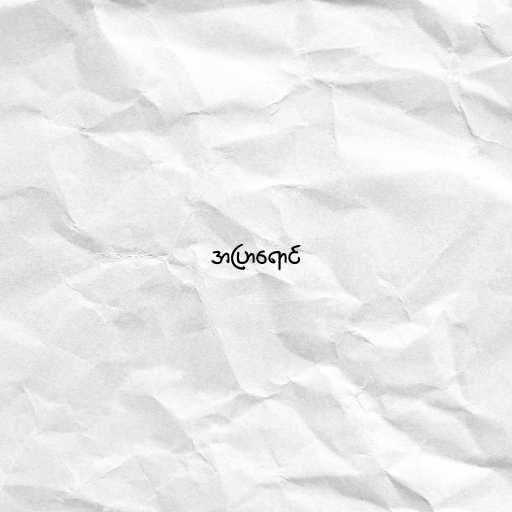
အပြာရောင်